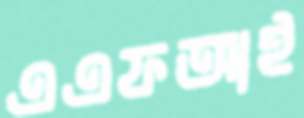
এএফআই